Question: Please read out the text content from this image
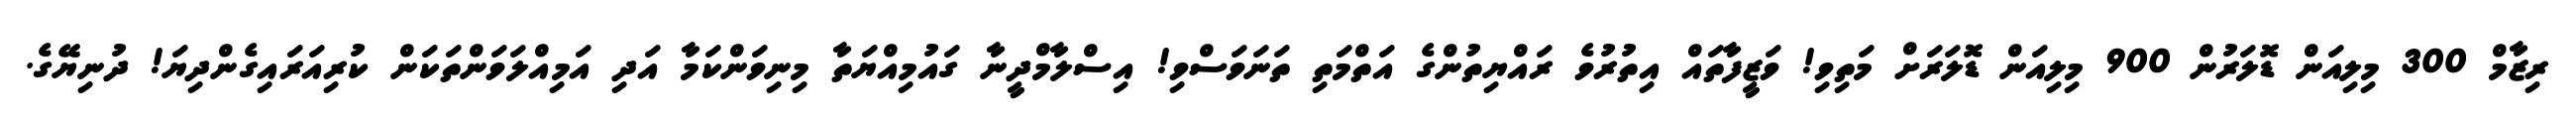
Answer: ރިޒާމް 300 މިލިއަން ޑޮލަރުން 900 މިލިއަން ޑޮލަރަށް މަތިވި! ވަޒީފާތައް އިތުރުވެ ރައްޔިތުންގެ އަތްމަތި ތަނަވަސްވި! އިސްލާމްދީނާ ގައުމިއްޔަތާ މިނިވަންކަމާ އަދި އަމިއްލަވަންތަކަން ކުރިއަރައިގެންދިޔަ! ދުނިޔޭގެ.